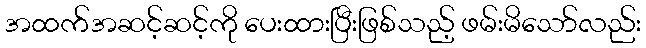
အထက်အဆင့်ဆင့်ကို ပေးထားပြီးဖြစ်သည့် ဖမ်းမိသော်လည်း